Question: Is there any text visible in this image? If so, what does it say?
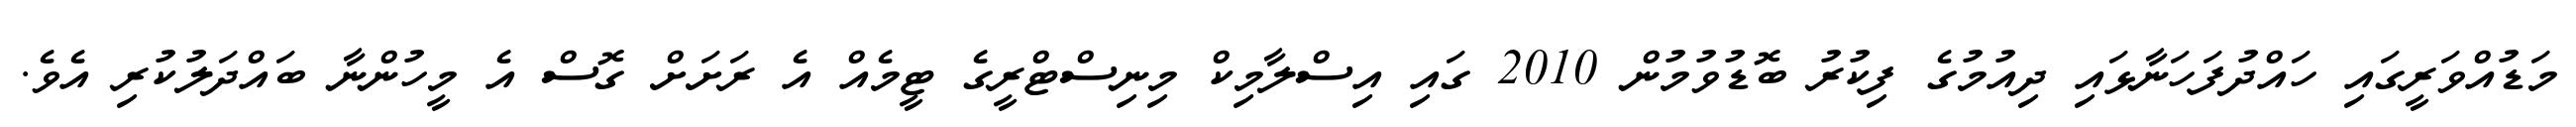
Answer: މަޑުއްވަރީގައި ހައްދުފަހަނާޅައި ދިއުމުގެ ފިކުރު ބޮޑުވުމުން 2010 ގައި އިސްލާމިކް މިނިސްޓްރީގެ ޓީމެއް އެ ރަށަށް ގޮސް އެ މީހުންނާ ބައްދަލުކުރި އެވެ.